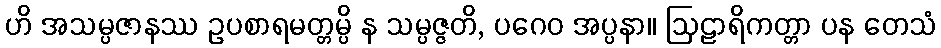
ဟိ အသမ္ပဇာနဿ ဥပစာရမတ္တမ္ပိ န သမ္ပဇ္ဇတိ, ပဂေဝ အပ္ပနာ။ ဩဠာရိကတ္တာ ပန တေသံ